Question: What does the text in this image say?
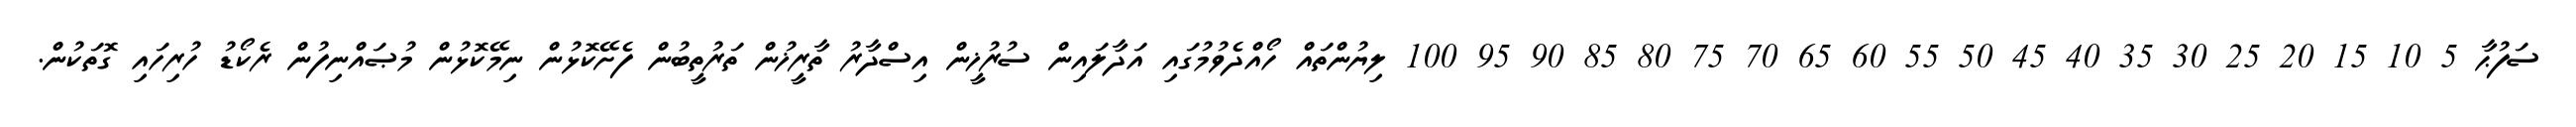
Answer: ސަފުޙާ 5 10 15 20 25 30 35 40 45 50 55 60 65 70 75 80 85 90 95 100 ލިޔުންތައް ހޯއްދެވުމުގައި އަދާލައިން ސުރުޚީން އިސްދާރު ތާރީޚުން ތަރުތީބުން ފެށޭކޮޅުން ނިމޭކޮޅުން މުޞައްނިފުން ރެކޯޑު ހުރިހައި ގޮތަކުން.